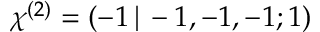
\chi ^ { ( 2 ) } = ( - 1 \, | \, - 1 , - 1 , - 1 ; 1 )